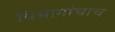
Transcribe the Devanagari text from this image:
विभागांचाच